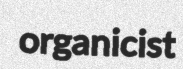
organicist